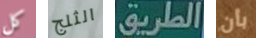
كل الثلج الطريق بأن